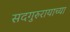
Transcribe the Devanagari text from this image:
सदगुरुरायाच्या